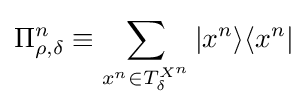
\Pi _{\rho ,\delta }^{n}\equiv \sum _{x^{n}\in T_{\delta }^{X^{n}}}\vert x^{n}\rangle \langle x^{n}\vert